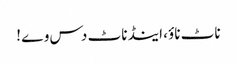
ناٹ ناؤ، اینڈ ناٹ دس وے !